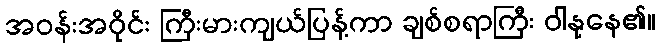
အဝန်းအဝိုင်း ကြီးမားကျယ်ပြန့်ကာ ချစ်စရာကြီး ဝါနုနေ၏။